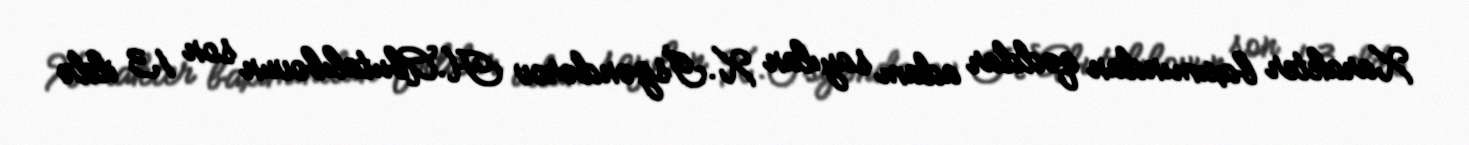
Xarakter baxımından qəddar adam sayılan X.İsgəndərov H.Abutalıbovun son 13 ildə